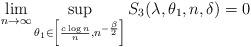
LaTeX: \begin{align*}\lim_{n \to \infty} \sup_{\theta_1\in \left[ \frac{c\log n}{n} , n^{-\frac{\beta}{2}} \right]} S_3(\lambda, \theta_1, n, \delta)=0 \end{align*}